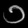
Digit: ၁